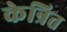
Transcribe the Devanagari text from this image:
केन्रित